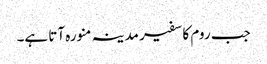
جب روم کا سفیر مدینہ منورہ آتا ہے۔